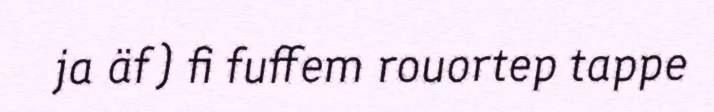
ja äf) fi fuffem rouortep tappe